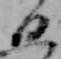
日